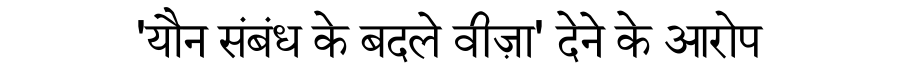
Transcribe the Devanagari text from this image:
'यौन संबंध के बदले वीज़ा' देने के आरोप